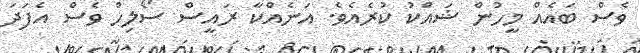
ވެސް ބައެއް މީހުން ޝައްކު ކުރެއެވެ. އަނެއްކާ ރައީސް ސޯލިހް ވެސް އެފަދަ